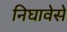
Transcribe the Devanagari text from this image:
निघावेसे